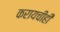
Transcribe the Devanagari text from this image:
करायचीही